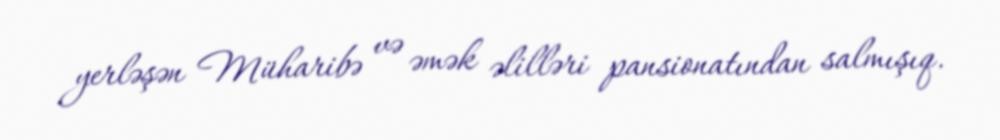
yerləşən Müharibə və əmək əlilləri pansionatından salmışıq.